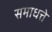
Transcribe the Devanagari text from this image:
समाधत्ते